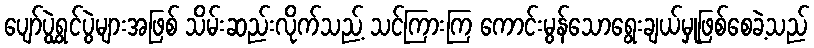
ပျော်ပွဲရွှင်ပွဲများအဖြစ် သိမ်းဆည်းလိုက်သည့် သင်ကြားကြ ကောင်းမွန်သောရွေးချယ်မှုဖြစ်စေခဲ့သည်